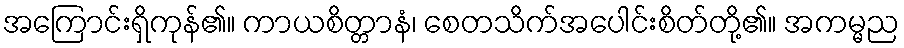
အကြောင်းရှိကုန်၏။ ကာယစိတ္တာနံ၊ စေတသိက်အပေါင်းစိတ်တို့၏။ အကမ္မည